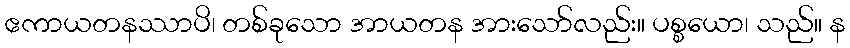
ဧကာယတနဿာပိ၊ တစ်ခုသော အာယတန အားသော်လည်း။ ပစ္စယော၊ သည်။ န